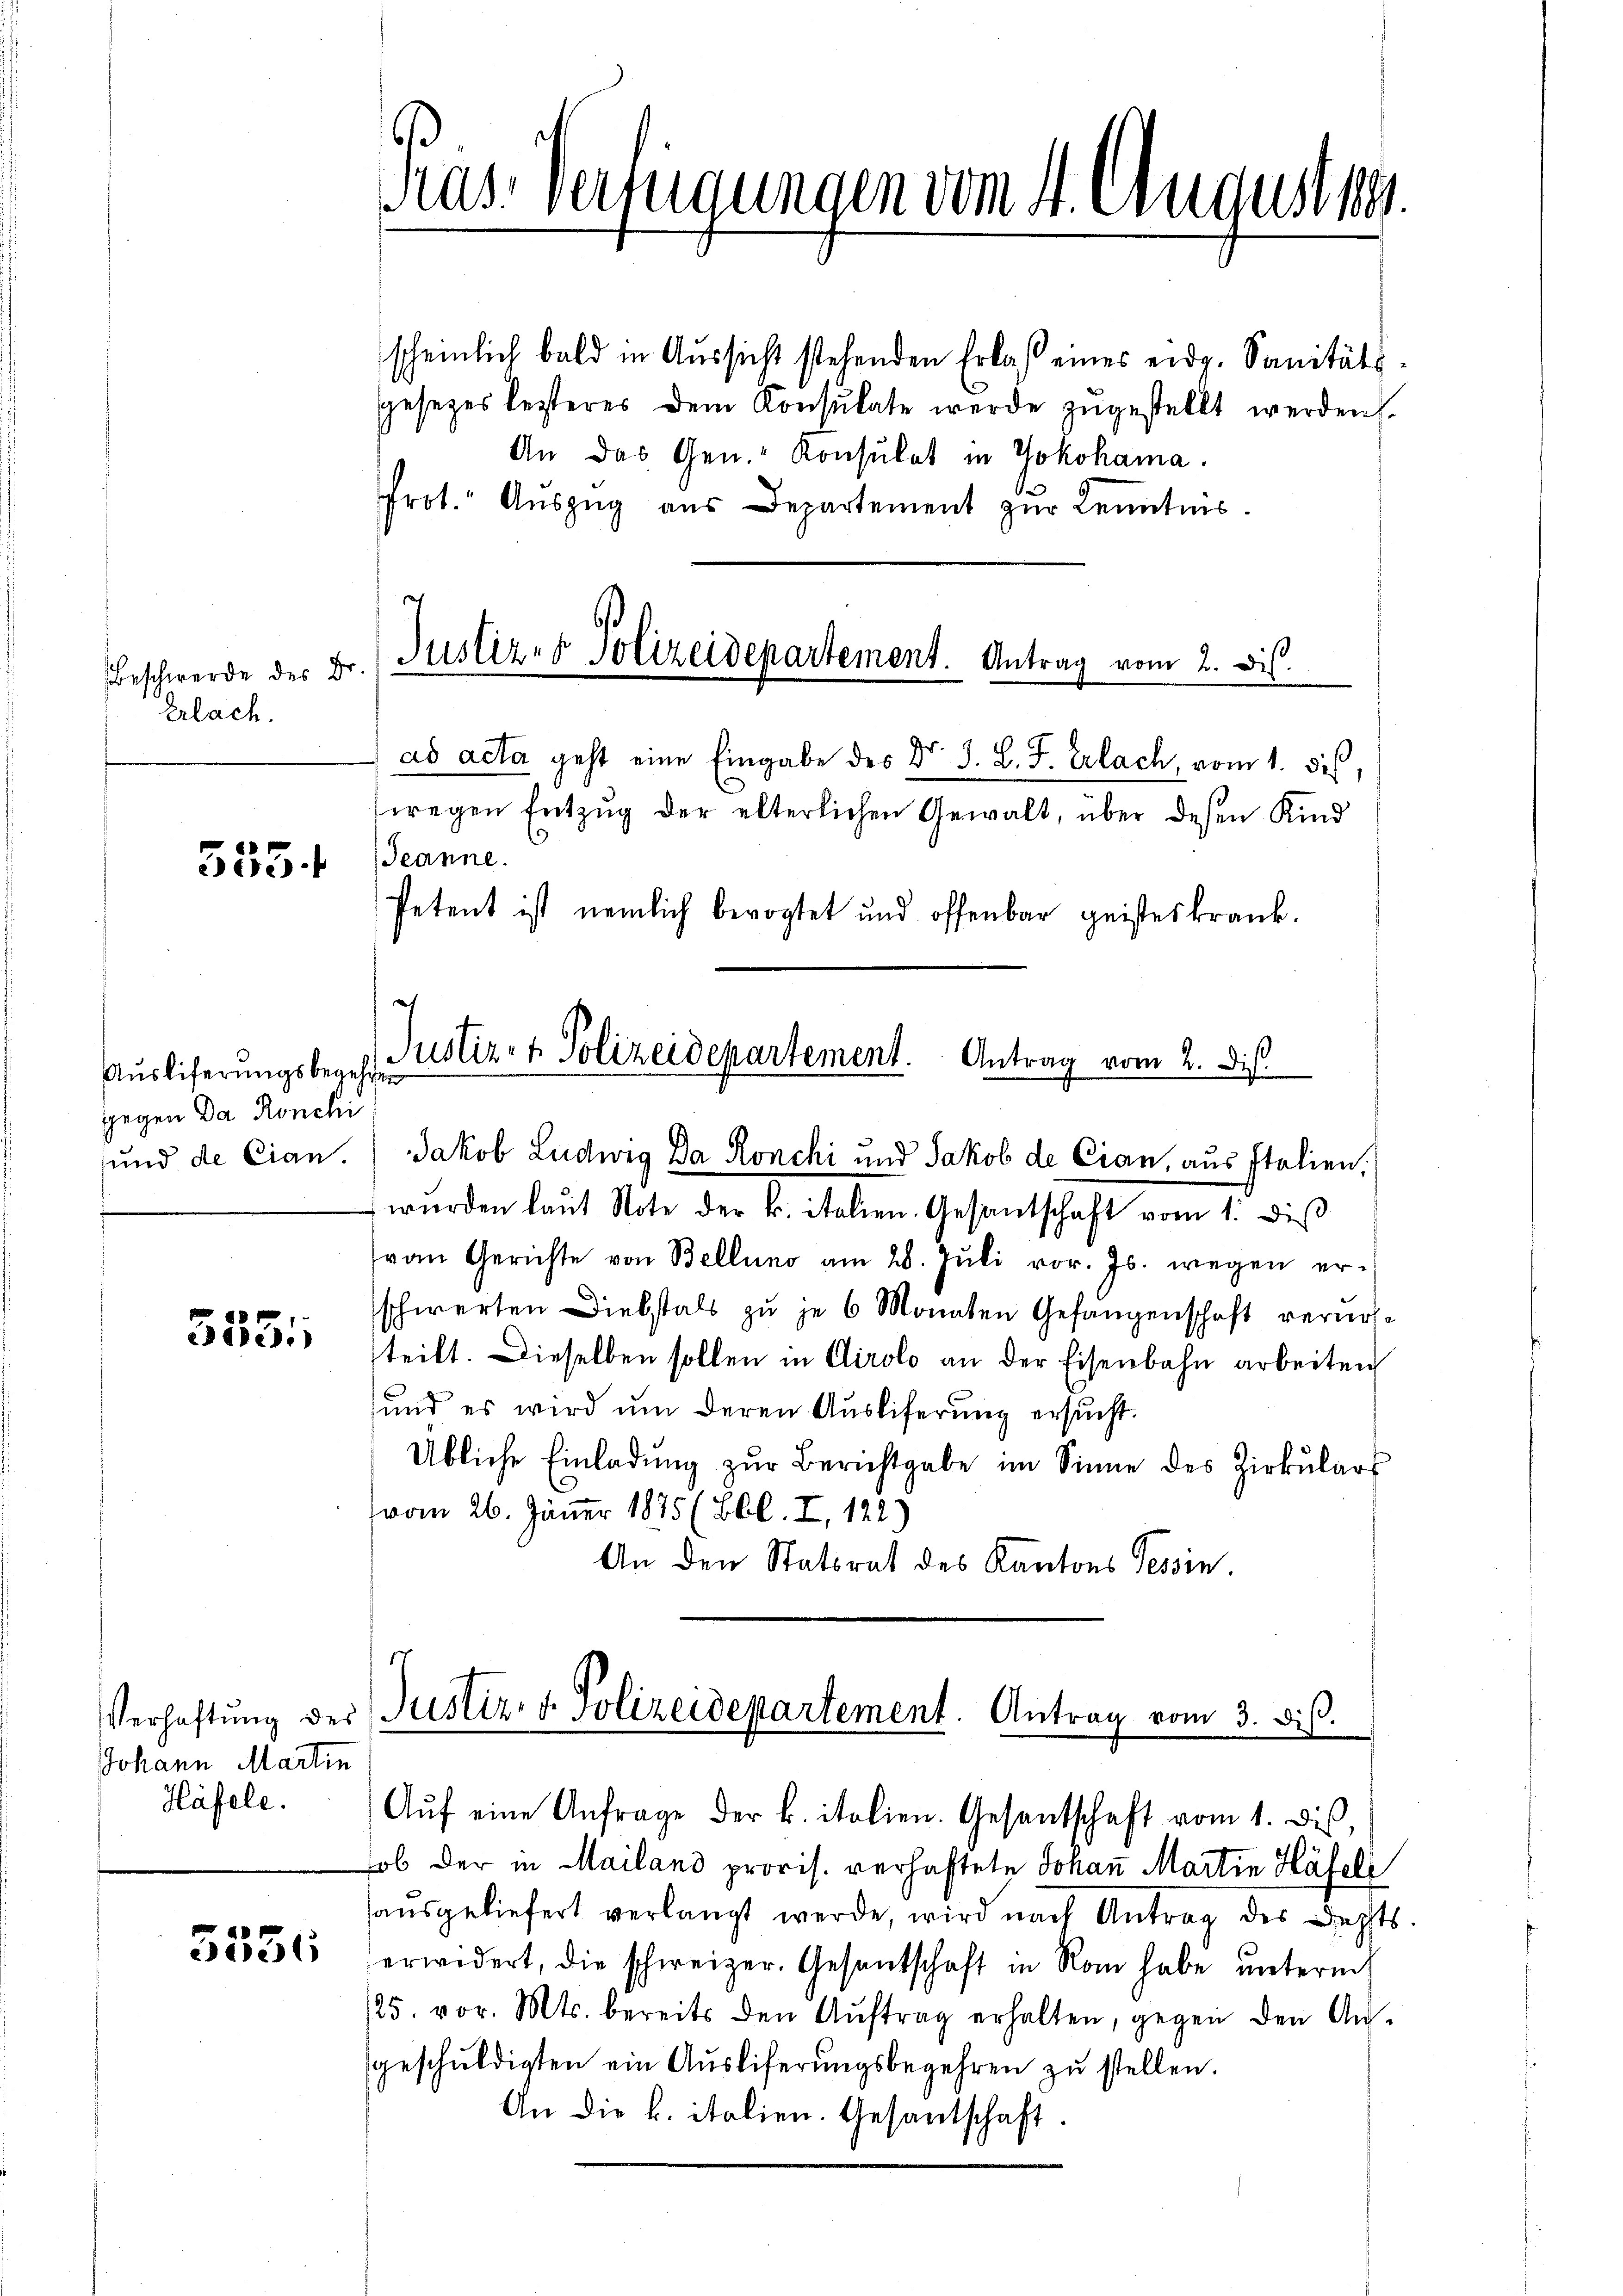
Beschwerde des B
Erlach.

355 f

Ausliferungsbegehren
gegen Da Ronchi

355.

Johann Martin
Häfele.

3336

Fras. Verfügungen vom 4. August 18

scheinlich bald in Aussicht stehenden Erlaß eines eidg. Sanitäts
gesezes lezteres dem Konsulate werde zugestellt werden.
An das Gen. Konsulat in Yokohama.
rot. Aŭszŭg aŭs Departement zŭr Kenntnis.
Justiz- & Polizeidepartement. Antrag vom 2. Dis

ad acta geht eine Eingabe des Dr. J. L. F. Erlach, vom 1. des,
wegen Entzug der elterlichen Gewalt, über deßen Kind
Jeanne.
Petent ist nemlich bevogtet und offenbar geisteskrank.
t
Justiz- & Polizeidepartement. Antrag vom 2. Dis

und de Cian. Jakob Ludwig Da Ronchi und Jakob de Cian, aus Italien,
wŭrden laŭt Note der k. italien. Gesantschaft vom 1. diβ
von Gerichte von Bellung am 28. Juli vor. Js. wegen er-
schwerten Diebstals zu je 6 Monaten Gefangenschaft verursteilt. Dieselben sollen in Airolo an der Eisenbahn arbeiten
sund es wird um deren Ausliferung ersucht.
Übliche Einladŭng zŭr Berichtgabe im Sinne des Zirkŭlars
vom 26. Jänner 1875 (Bbl. I, 122)
An den Statsrat des Kantons Tessin.

Verhaftung der Justiz- & Polizeidepartement. Antrag vom 3. dis.
Aŭf eine Anfrage der k. italien. Gesantschaft vom 1. dis,

hob der in Mailand provis. verhaftete Johan̄ Martin Häfels
ausgeliefert verlangt werde, wird nach Antrag des Rechts
erwidert, die schweizer. Gesantschaft in Rom habe unterm
25. vor. Mts. bereits den Aŭftrag erhalten, gegen den An-
geschŭldigten ein Aŭsliferŭngsbegehren zŭ stellen.
An die k. italien. Gesantschaft.